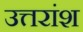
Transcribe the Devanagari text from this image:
उत्तरांश